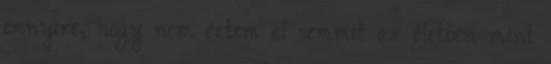
ennyire, hogy nem értem el semmit az életben mint